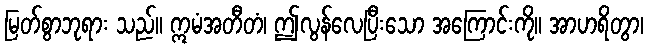
မြတ်စွာဘုရား သည်။ ဣမံအတီတံ၊ ဤလွန်လေပြီးသော အကြောင်းကို။ အာဟရိတွာ၊